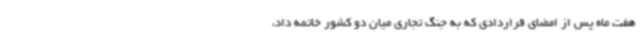
هفت ماه پس از امضای قراردادی که به جنگ تجاری میان دو کشور خاتمه داد،